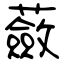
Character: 蘞